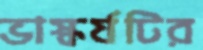
ভাস্কর্যটির